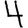
Digit: 4